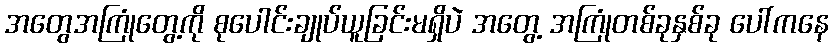
အတွေအကြုံတွေ့ကို စုပေါင်းချုပ်ယူခြင်းမရှိပဲ အတွေ့ အကြုံတစ်ခုနှစ်ခု ပေါ်ကနေ